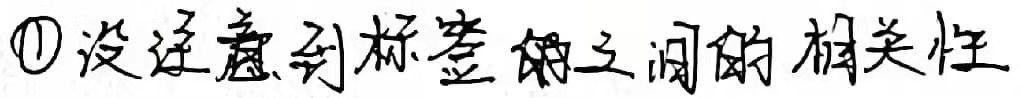
\textcircled{1}没注意到标签之间的相关性